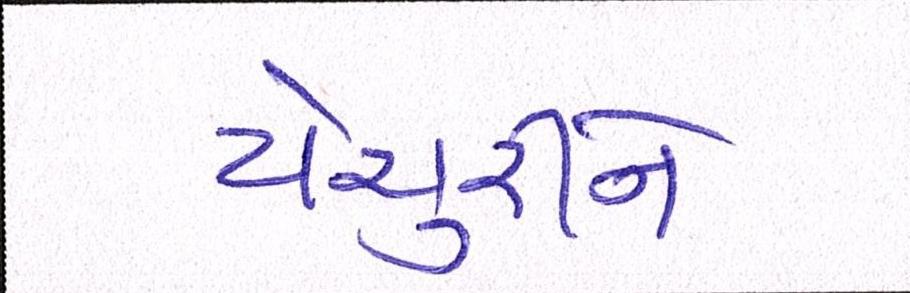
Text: યેચુરીને